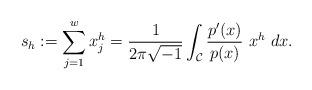
LaTeX: \begin{align*}s_h:=\sum_{j=1}^wx_j^{h}=\frac{1}{2\pi \sqrt{-1}}\int_{\mathcal C}\frac{p'(x)}{p(x)}~x^h ~dx.\end{align*}